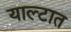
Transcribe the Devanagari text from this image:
याल्टात